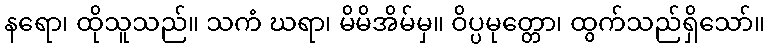
နရော၊ ထိုသူသည်။ သကံ ဃရာ၊ မိမိအိမ်မှ။ ဝိပ္ပမုတ္တော၊ ထွက်သည်ရှိသော်။